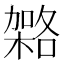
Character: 𭫹